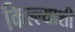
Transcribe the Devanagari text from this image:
किल्ल्याशी